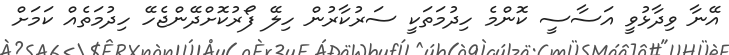
އޭނާ ވިދާޅުވީ އަސާސީ ކޮންމެ ހިދުމަތަކީ ސަރުކާރުން ހިލޭ ފޯރުކޮށްދޭންޖެހޭ ހިދުމަތެއް ކަމަށް